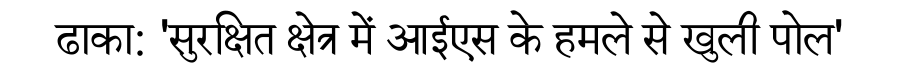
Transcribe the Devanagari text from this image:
ढाका: 'सुरक्षित क्षेत्र में आईएस के हमले से खुली पोल'